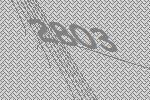
2803